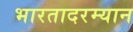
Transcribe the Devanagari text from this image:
भारतादरम्यान